Burma Government Medical School reports 1907-22
Year: 1907
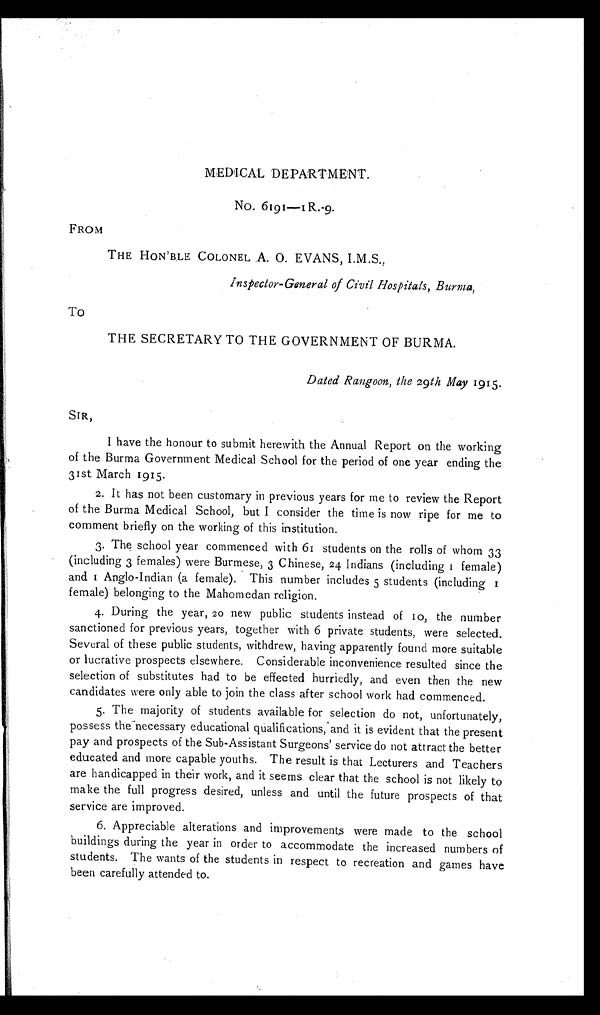
•
•
MEDICAL DEPARTMENT.
No. 6191—1R.-9.
FROM
THE HON ' BLE COLONEL A. 0. EVANS, I.M.S.,
Inspector-General of Civil Hospitals, Burma,
To
THE SECRETARY TO THE GOVERNMENT OF BURMA.
Dated Rangoon, the 29 th May 1915.
SIR,
I have the honour to submit herewith the Annual Report on the working
of the Burma Government Medical School for the period of one year ending the
31st March 1915.
2. It has not been customary in previous years for me to review the Report
of the Burma Medical School, but I consider the time is now ripe for me to
comment briefly on the working of this institution.
3. The school year commenced with 61 students on the rolls of whom 33
(including 3 females) were Burmese, 3 Chinese, 24 Indians (including 1 female)
and 1 Anglo-Indian (a female). This number includes 5 students (including 1
female) belonging to the Mahomedan religion.
4. During the year, 20 new public students instead of 10, the number
sanctioned for previous years, together with 6 private students, were selected.
Several of these public students, withdrew, having apparently found more suitable
or lucrative prospects elsewhere. Considerable inconvenience resulted since the
selection of substitutes had to be effected hurriedly, and even then the new
candidates were only able to join the class after school work had commenced.
5. The majority of students available for selection do not, unfortunately,
possess the necessary educational qualifications, and it is evident that the present
pay and prospects of the Sub-Assistant Surgeons' service do not attract the better
educated and more capable youths. The result is that Lecturers and Teachers
are handicapped in their work, and it seems clear that the school is not likely to
make the full progress desired, unless and until the future prospects of that
service are improved.
6. Appreciable alterations and improvements were made to the school
buildings during the year in order to accommodate the increased numbers of
students. The wants of the students in respect to recreation and games have
been carefully attended to.